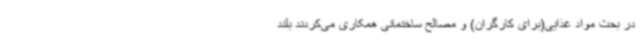
در بحث مواد غذایی(برای کارگران) و مصالح ساختمانی همکاری می‌کردند بلند